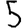
Digit: 5